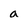
Character: a